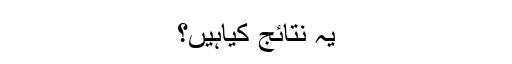
یہ نتائج کیاہیں؟